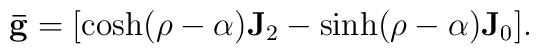
\mathbf{\bar{g}}=[\cosh(\rho-\alpha)\mathbf{J}_2-\sinh(\rho-\alpha)\mathbf{J}_0].